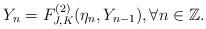
LaTeX: \begin{align*}Y_n=F^{(2)}_{J,K}(\eta_n,Y_{n-1}),\forall n \in \mathbb{Z}.\end{align*}